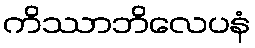
ကိဿာဘိလေပနံ